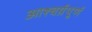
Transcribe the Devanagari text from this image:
आश्चर्य़पूर्ण